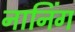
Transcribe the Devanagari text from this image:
नानिंग